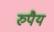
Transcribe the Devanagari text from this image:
रुपैय